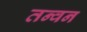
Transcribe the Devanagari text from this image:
तन्वन